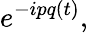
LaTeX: e^{-ipq(t)},